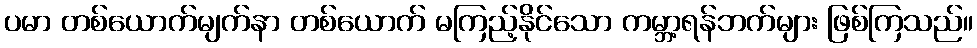
ပမာ တစ်ယောက်မျက်နာ တစ်ယောက် မကြည့်နိုင်သော ကမ္ဘာ့ရန်ဘက်များ ဖြစ်ကြသည်။